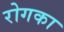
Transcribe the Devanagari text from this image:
रोगका